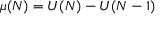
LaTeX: \mu ( N ) = U ( N ) - U ( N - 1 )